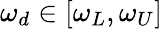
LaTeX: \omega_{d}\in[\omega_{L},\omega_{U}]